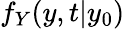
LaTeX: f_{Y}(y,t\vert y_{0})